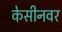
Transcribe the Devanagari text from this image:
केसीनवर